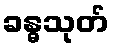
ခန္ဓသုတ်